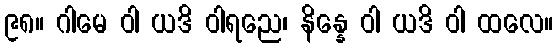
၉၈။ ဂါမေ ဝါ ယဒိ ဝါရညေ၊ နိန္နေ ဝါ ယဒိ ဝါ ထလေ။